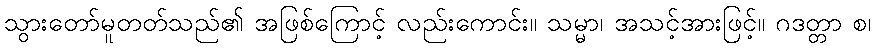
သွားတော်မူတတ်သည်၏ အဖြစ်ကြောင့် လည်းကောင်း။ သမ္မာ၊ အသင့်အားဖြင့်။ ဂဒတ္တာ စ၊